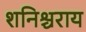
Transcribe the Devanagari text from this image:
शनिश्चराय